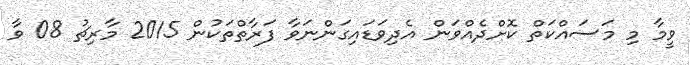
ވީމާ މި މަސައްކަތް ކޮށްދެއްވަން އެދިވަޑައިގަންނަވާ ފަރާތްތަކުން 2015 މާރިޗު 08 ވާ